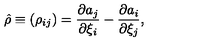
\hat { \rho } \equiv ( \rho _ { i j } ) = { \frac { \partial a _ { j } } { \partial \xi _ { i } } } - { \frac { \partial a _ { i } } { \partial \xi _ { j } } } ,